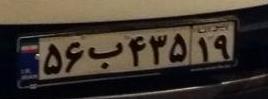
۵۶ب۴۳۵۱۹